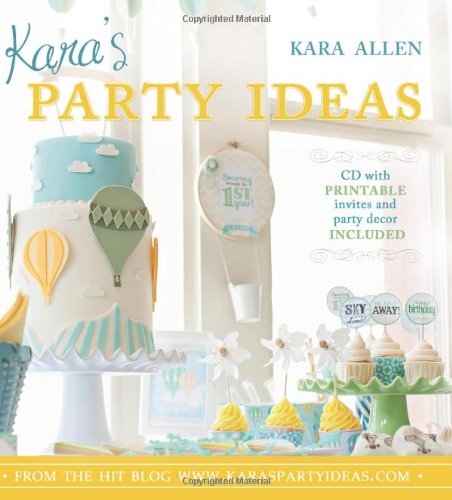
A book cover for Kara's Party Ideas; Kara Allen; Cookbooks, Food & Wine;